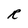
Character: R